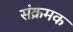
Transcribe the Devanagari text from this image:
संक्रमक